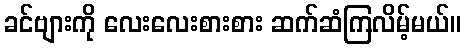
ခင်ဗျားကို လေးလေးစားစား ဆက်ဆံကြလိမ့်မယ်။